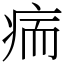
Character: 㾍